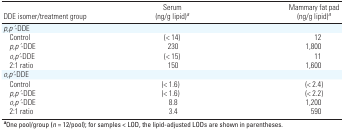
<table><thead><tr><td colspan="3"><b>DDE isomer/treatment group</b></td><td><b>Serum (ng/g lipid)a</b></td><td><b>Mammary fat pad (ng/g lipid)a</b></td></tr></thead><tbody><tr><td colspan="2">p,p’-DDE</td><td></td><td></td><td></td><td></td></tr><tr><td></td><td>Control </td><td></td><td>(&lt; 14)</td><td></td><td>12</td></tr><tr><td></td><td>p,p’-DDE</td><td></td><td>230</td><td></td><td>1,800</td></tr><tr><td></td><td>o,p’-DDE </td><td></td><td>(&lt; 15)</td><td></td><td>11</td></tr><tr><td></td><td>2:1 ratio</td><td></td><td>150</td><td></td><td>1,600</td></tr><tr><td colspan="2">o,p’-DDE</td><td></td><td></td><td></td><td></td></tr><tr><td></td><td>Control </td><td></td><td>(&lt; 1.6)</td><td></td><td>(&lt; 2.4)</td></tr><tr><td></td><td>p,p’-DDE </td><td></td><td>(&lt; 1.6)</td><td></td><td>(&lt; 2.2)</td></tr><tr><td></td><td>o,p’-DDE </td><td></td><td>8.8</td><td></td><td>1,200</td></tr><tr><td></td><td>2:1 ratio </td><td></td><td>3.4</td><td></td><td>590</td></tr><tr><td colspan="6">aOne pool/group (n = 12/pool); for samples &lt; LOD, thelipid-adjusted LODs are shown in parentheses.</td></tr></tbody></table>